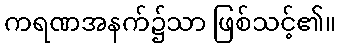
ကရဏအနက်၌သာ ဖြစ်သင့်၏။